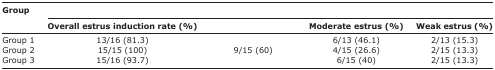
<table><thead><tr><td rowspan="3"><b>Group</b></td><td colspan="4">[EMPTY_CELL]</td></tr><tr><td><b>Overall estrus induction rate (%)</b></td><td>[EMPTY_CELL]</td><td><b>Moderate estrus (%)</b></td><td><b>Weak estrus (%)</b></td></tr></thead><tbody><tr><td>Group 1</td><td>13/16 (81.3)</td><td>[EMPTY_CELL]</td><td>6/13 (46.1)</td><td>2/13 (15.3)</td></tr><tr><td>Group 2</td><td>15/15 (100)</td><td>9/15 (60)</td><td>4/15 (26.6)</td><td>2/15 (13.3)</td></tr><tr><td>Group 3</td><td>15/16 (93.7)</td><td>[EMPTY_CELL]</td><td>6/15 (40)</td><td>2/15 (13.3)</td></tr></tbody></table>